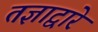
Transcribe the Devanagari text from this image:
तज्ञाद्वारे